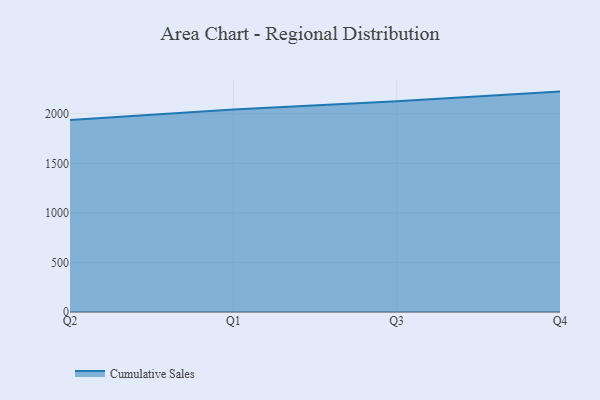
{"axis": {"x": "Quarter", "y": "Market Share (%)"}, "legend": ["Cumulative Sales"], "data": [{"x": "Q2", "y": 1938.0, "type": "Cumulative Sales"}, {"x": "Q1", "y": 2042.6, "type": "Cumulative Sales"}, {"x": "Q3", "y": 2127.1, "type": "Cumulative Sales"}, {"x": "Q4", "y": 2223.4, "type": "Cumulative Sales"}]}